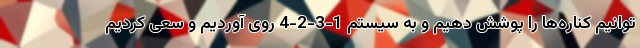
توانیم کناره‌ها را پوشش دهیم و به سیستم 1-3-2-4 روی آوردیم و سعی کردیم